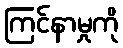
ကြင်နာမှုကို